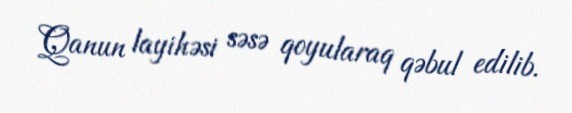
Qanun layihəsi səsə qoyularaq qəbul edilib.